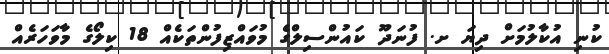
ކުނި އުކާލުމަށް ދިޔަ ށ. ފުނަދޫ ކައުންސިލްގެ މުވައްޒިފުންތަކެއް 18 ކިލޯގެ މާވަހަރެއް